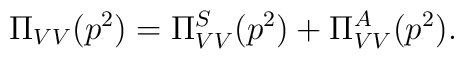
\Pi_{VV}(p^2)= \Pi^S_{VV}(p^2) + \Pi^A_{VV}(p^2) .